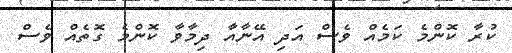
ކުރާ ކޮންމެ ކަމެއް ވެސް އަދި އޭނާއާ ދިމާވާ ކޮންމެ ގޮތެއް ވެސް